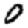
Digit: 0